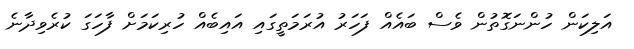
އަލިކަން ހުންނަގޮތުން ވެސް ބައެއް ފަހަރު އުރަމަތީގައި އައިބެއް ހުރިކަމަށް ފާހަގަ ކުރެވިދާނެ